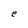
Character: e